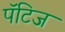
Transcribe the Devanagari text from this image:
पॅटिज